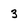
Character: 3